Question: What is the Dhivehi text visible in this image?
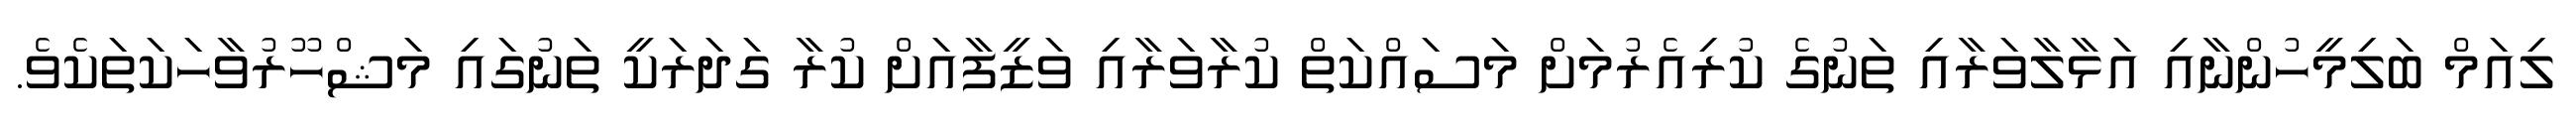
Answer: ލިއަމް ބަލިމީހުންނާއި އަޅާލާވަރާއި ތަނުގެ ކުރިއެރުމަށް މަސައްކަތް ކުރާވަރާއި ވަޒީފާއަށް ކުރާ ގަދަރަކީ ތަނުގައި މަޝްހޫރުވާހަކަތަކެވެ.